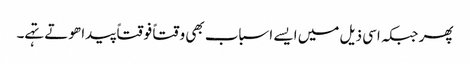
پھر جبکہ اسی ذیل میں ایسے اسباب بھی وقتاً فوقتاً پیدا ھوتے تہے۔